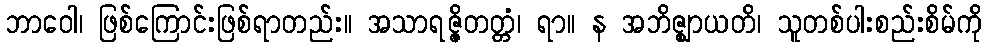
ဘာဝေါ၊ ဖြစ်ကြောင်းဖြစ်ရာတည်း။ အသာရဇ္ဇိတတ္တံ၊ ရာ။ န အဘိဇ္ဈာယတိ၊ သူတစ်ပါးစည်းစိမ်ကို